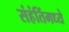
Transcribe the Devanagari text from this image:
संहंतिंमध्ये